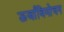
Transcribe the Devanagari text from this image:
ऊर्जाविमोचन